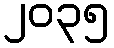
၂၀၃၅